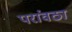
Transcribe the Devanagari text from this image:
परांवठा